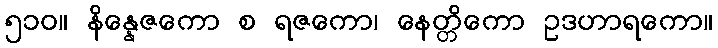
၅၁၀။ နိန္နေဇကော စ ရဇကော၊ နေတ္တိကော ဥဒဟာရကော။